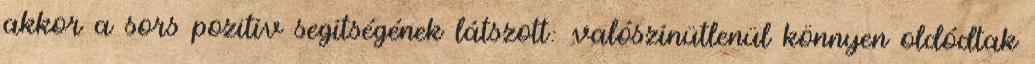
akkor a sors pozitív segítségének látszott: valószínütlenül könnyen oldódtak